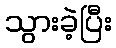
သွားခဲ့ပြီး